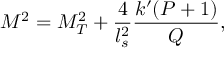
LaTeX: M ^ { 2 } = M _ { T } ^ { 2 } + \frac { 4 } { l _ { s } ^ { 2 } } \frac { k ^ { \prime } ( P + 1 ) } { Q } ,